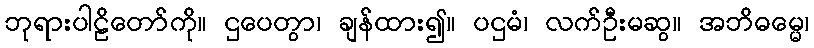
ဘုရားပါဠိတော်ကို။ ဌပေတွာ၊ ချန်ထား၍။ ပဌမံ၊ လက်ဦးမဆွ။ အဘိဓမ္မေ၊